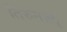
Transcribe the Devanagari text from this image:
तिरुनाल्